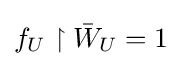
f_{U}\upharpoonright {\bar {W}}_{U}=1